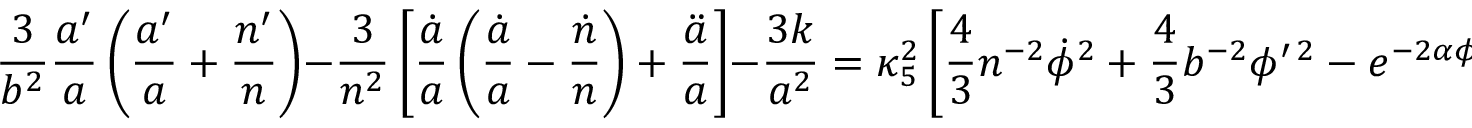
{ \frac { 3 } { b ^ { 2 } } } { \frac { a ^ { \prime } } { a } } \left( { \frac { a ^ { \prime } } { a } } + { \frac { n ^ { \prime } } { n } } \right) - { \frac { 3 } { n ^ { 2 } } } \left[ { \frac { \dot { a } } { a } } \left( { \frac { \dot { a } } { a } } - { \frac { \dot { n } } { n } } \right) + { \frac { \ddot { a } } { a } } \right] - { \frac { 3 k } { a ^ { 2 } } } = \kappa _ { 5 } ^ { 2 } \left[ { \frac { 4 } { 3 } } n ^ { - 2 } \dot { \phi } ^ { 2 } + { \frac { 4 } { 3 } } b ^ { - 2 } \phi ^ { \prime \, 2 } - e ^ { - 2 \alpha \phi } \Lambda \right] ,